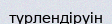
түрлендіруін